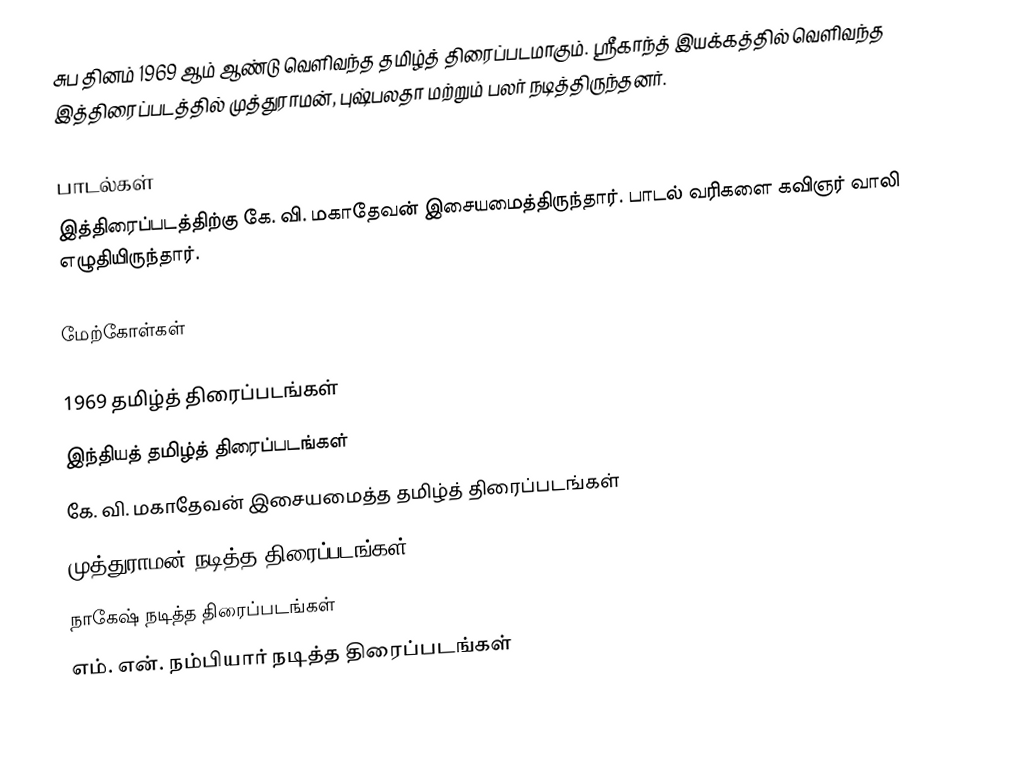
சுப தினம் 1969 ஆம் ஆண்டு வெளிவந்த தமிழ்த் திரைப்படமாகும். ஸ்ரீகாந்த் இயக்கத்தில் வெளிவந்த இத்திரைப்படத்தில் முத்துராமன், புஷ்பலதா மற்றும் பலர் நடித்திருந்தனர்.

பாடல்கள்
இத்திரைப்படத்திற்கு கே. வி. மகாதேவன் இசையமைத்திருந்தார். பாடல் வரிகளை கவிஞர் வாலி எழுதியிருந்தார்.

மேற்கோள்கள்

1969 தமிழ்த் திரைப்படங்கள்
இந்தியத் தமிழ்த் திரைப்படங்கள்
கே. வி. மகாதேவன் இசையமைத்த தமிழ்த் திரைப்படங்கள்
முத்துராமன் நடித்த திரைப்படங்கள்
நாகேஷ் நடித்த திரைப்படங்கள்
எம். என். நம்பியார் நடித்த திரைப்படங்கள்